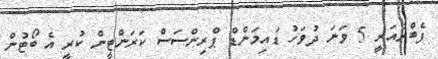
ފެބްރުއަރީ 5 ވަނަ ދުވަހު ޑައިމަންޑް ޕްރިންސަސް ކަރަންޓީން ކުރީ އެ ބޯޓުން